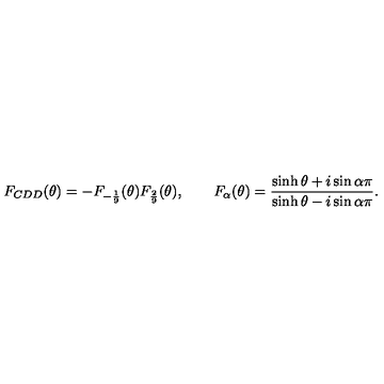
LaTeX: F _ { C D D } ( \theta ) = - F _ { - \frac { 1 } { 9 } } ( \theta ) F _ { \frac { 2 } { 9 } } ( \theta ) , \qquad F _ { \alpha } ( \theta ) = { \frac { \sinh \theta + i \sin \alpha \pi } { \sinh \theta - i \sin \alpha \pi } } .